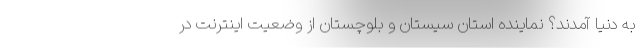
به دنیا آمدند؟ نماینده استان سیستان و بلوچستان از وضعیت اینترنت در